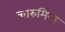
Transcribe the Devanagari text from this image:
चारुमित्रा